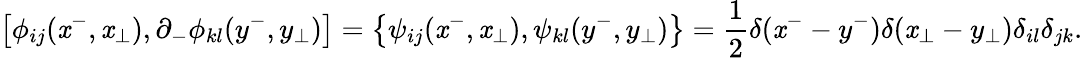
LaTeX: \left[\phi_{ij}(\mathit{x}^{-},\mathit{x}_{\perp}),\partial_{-}\phi_{kl}(y^{-},y_{\perp})\right]=\left\{ \psi_{ij}(\mathit{x}^{-},\mathit{x}_{\perp}),\psi_{kl}(y^{-},y_{\perp})\right\} =\frac{{1}}{{2}}\delta(\mathit{x}^{-}-y^{-})\delta(\mathit{x}_{\perp}-y_{\perp})\delta_{il}\delta_{jk}.